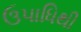
ઉપાધિથી